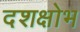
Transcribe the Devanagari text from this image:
दशक्षोभ